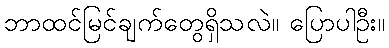
ဘာထင်မြင်ချက်တွေရှိသလဲ။ ပြောပါဦး။